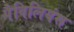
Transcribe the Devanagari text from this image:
पैविलियंस